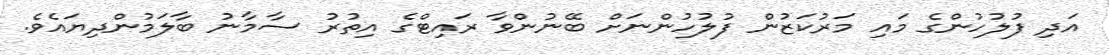
އަދި ފުލުހުންގެ މައި މަރުކަޒުން ފުލުހުންނަށް ބޭނުންވާ ރައިޓްގެ އިތުރު ސާމާނު ބާލަމުންދިޔައެވެ.